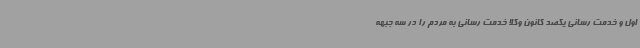
اول و خدمت رسانی یکصد کانون وکلا خدمت رسانی به مردم را در سه جبهه